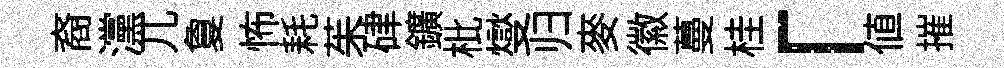
裔灙兀夐怖耗茱硉鑛枇燮归麥徽蔓桂「值摧